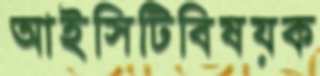
আইসিটিবিষয়ক